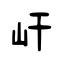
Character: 屽